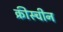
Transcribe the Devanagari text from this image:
क्रीस्चीन